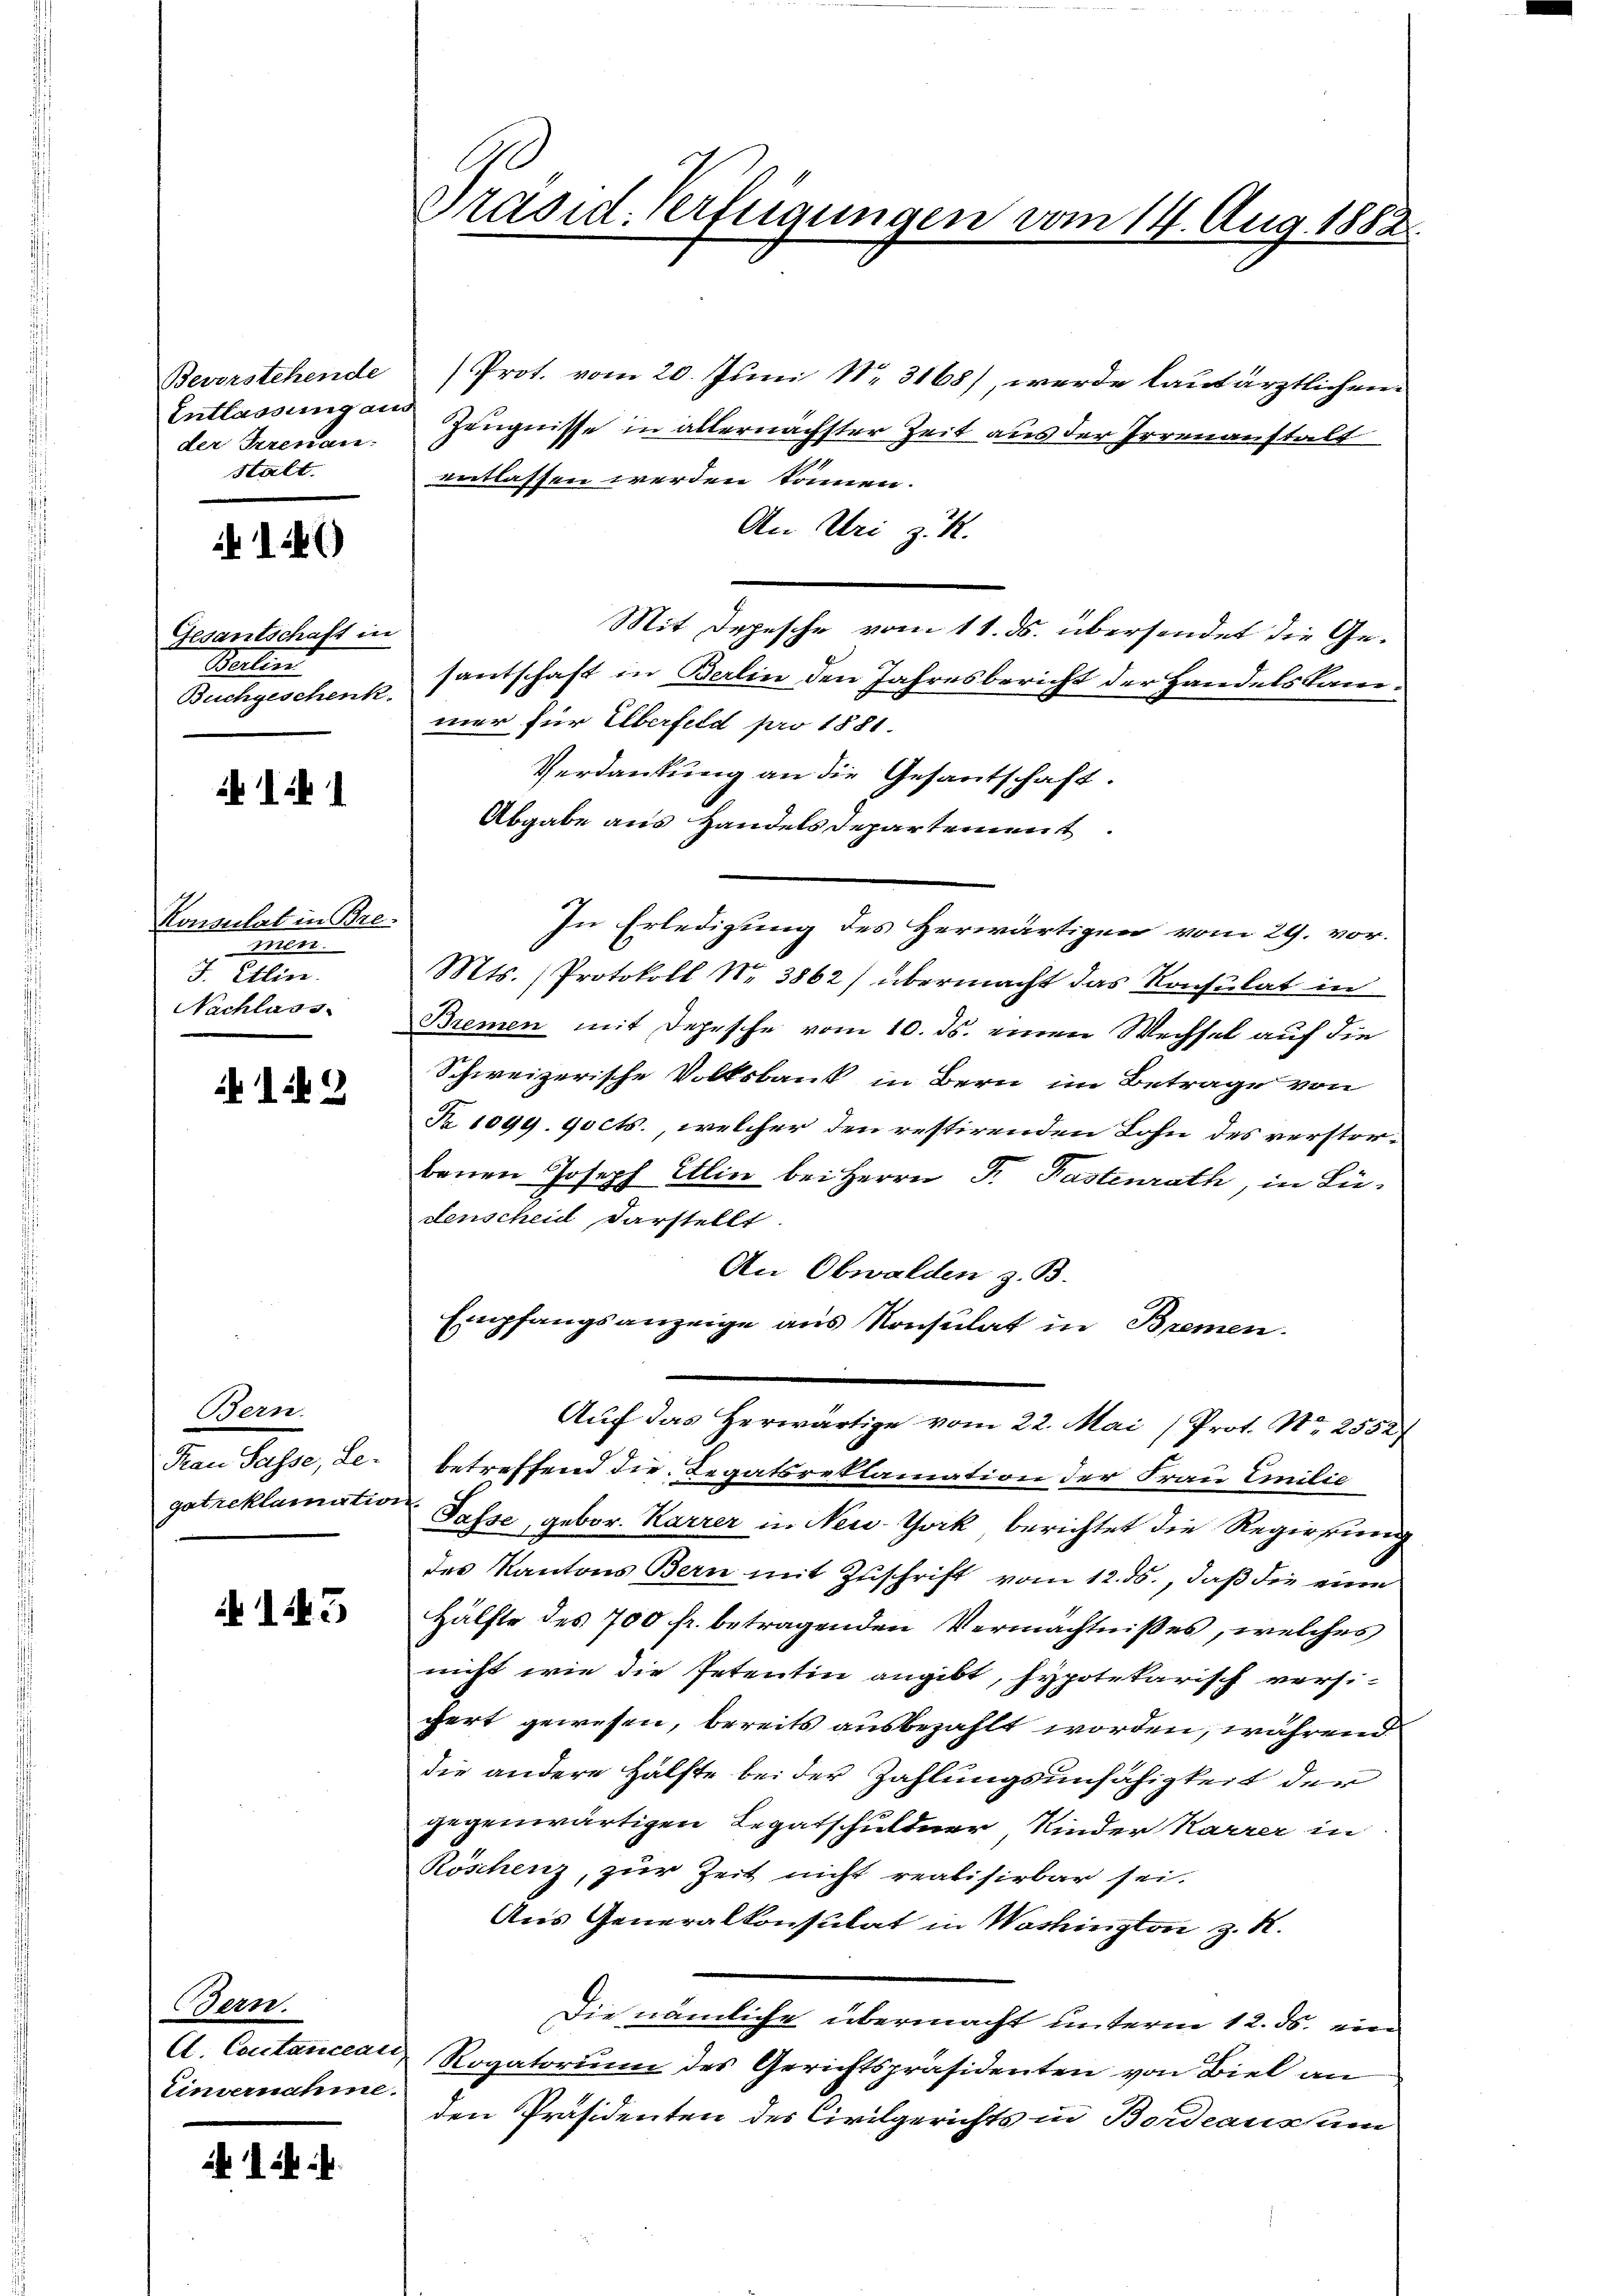
Bevorstehende
Entlassung an
der Irrenan
stalt.

4)

Gesantschaft in
Seiten.
Buchgeschenk.

1 1

Konsulat in Bre
Biete.
J. Etlin
Nachlass

3

Bern.
Frau Pässe, Legat reklamatio

143

Bern.
A. Contancean,
Einvernahme.

l
Präsid. Verfügungen vom 14. Aug. 1882.

Prot. vom 20. Juni Nr. 3168), werde laut ärztlichen
Zeugnisse in allernächster Zeit aus der Irrenanstalt
entlassen werden können.
An Uri z. R.
Mit Depesche vom 11. ds. übersendet die Gesantschaft in Berlin den Jahresbericht der Handelskammer für Überfeld pro 1881.
Verdankung an die Gesantschaft.
Abgabe aus Handels departement
In Erledigung des Herwärtigen vom 29. vor.
Mts. (Protokoll Nr. 3862) übermacht das Konsulat in
Bremen mit Depesche vom 10. ds. einen Wechsel auf die
Schweizerische Volksbank in Bern im Betrage von
Nr. 1099. 90 cts., welcher den restirenden Lohn des verstorbenen Joseph Etlin bei Herrn P. Pastenrath, in Ludenscheid darstellt
An Obwalden z. B.
Empfangsanzeige aus Konsulat in Bremen.
2
Aŭf das herwärtige vom 22. Mai (Prot. Nr. 2552
betreffend die Legatsreklamation der Frau Emilie
Pässe, gebor. Karrer in New-York berichtet die Regierung
des Kantons Bern mit Zuschrift vom 12. ds., daß die eine
Hälfte des 700 fr. betragenden Vermächtnißes, welches
nicht wie die Petentin angibt, hypotekarisch versi-
cert gewesen, bereits ausbezahlt worden, während
die andere Hälfte bei der Zahlungsunfähigkeit der
gegenwärtigen Legatschuldner Kinder Karrer in
Röschenz, zur Zeit nicht realisirbar sei.
Aus Generalkonsulat in Washington z. R.
Die nämliche übermacht unterm 12. ds. ein
Rogatorium des Gerichtspräsidenten von Biel an
den Präsidenten des Civilgerichts in Bordeaussam